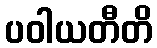
ပဝါယတီတိ